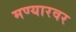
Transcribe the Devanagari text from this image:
मण्यारवर